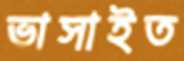
ভাসাইত